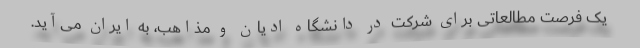
یک فرصت مطالعاتی برای شرکت در دانشگاه ادیان و مذاهب، به ایران می‌آید.